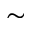
\sim